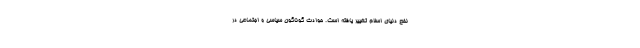
نفع دنیای اسلام تغییر یافته است. حوادث گوناگون سیاسی و اجتماعی در